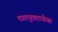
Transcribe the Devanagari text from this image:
तगरपूरवराधीश्वर